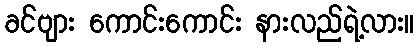
ခင်ဗျား ကောင်းကောင်း နားလည်ရဲ့လား။